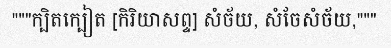
"""ក្បិតក្បៀត [កិរិយាសព្ទ] សំច័យ, សំចែសំច័យ,"""